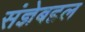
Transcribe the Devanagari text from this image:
संज्ञेबद्दल